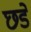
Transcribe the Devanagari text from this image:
छडें